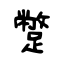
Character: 蹩